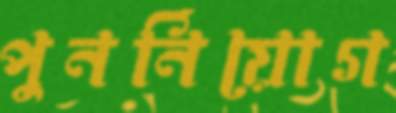
পুনর্নিয়োগ